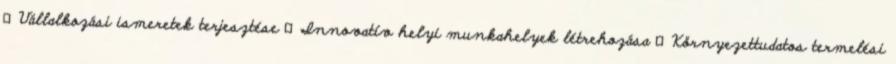
▪Vállalkozási ismeretek terjesztése ▪Innovatív helyi munkahelyek létrehozása ▪Környezettudatos termelési